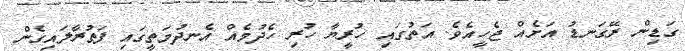
ގަޑިން ރޭގަނޑު އަށެއް ޖެހީއެވެ. އަތުގައި ހުރީޔާ ހުރި ހެދުމެއް އެނދުމަތީގައި ފަތުރާލައިގެން